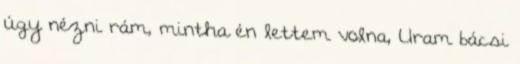
úgy nézni rám, mintha én lettem volna, Uram bácsi